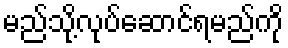
မည်သို့လုပ်ဆောင်ရမည်ကို